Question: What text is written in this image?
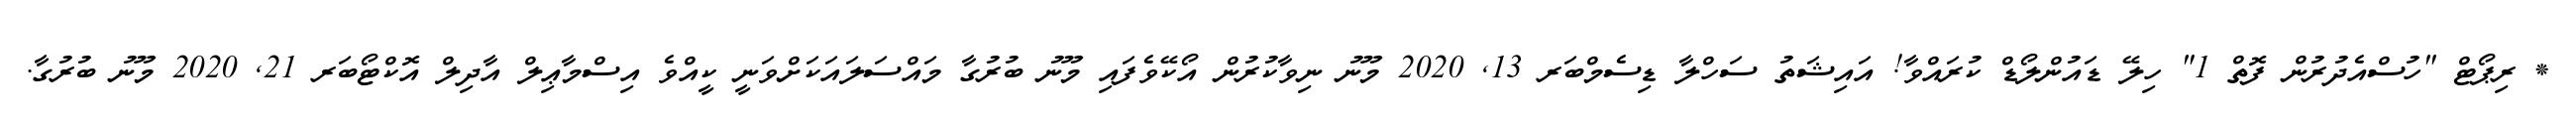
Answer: * ރިޕޯޓް "ހުސްއެދުރުން ފޮތް 1" ހިލޭ ޑައުންލޯޑް ކުރައްވާ! އައިޝަތު ސަހްލާ ޑިސެމްބަރ 13, 2020 މޫނު ނިވާކުރުން އޯކޭވެފައި މޫނު ބުރުގާ މައްސަލައަކަށްވަނީ ކީއްވެ އިސްމާޢިލް އާދިލް އޮކްޓޯބަރ 21, 2020 މޫނު ބުރުގާ.